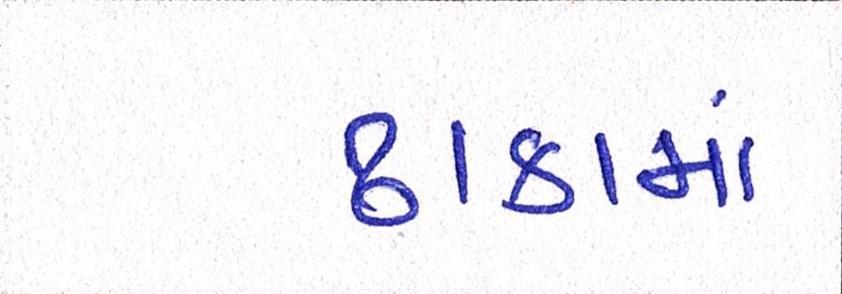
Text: ઢાકામાં